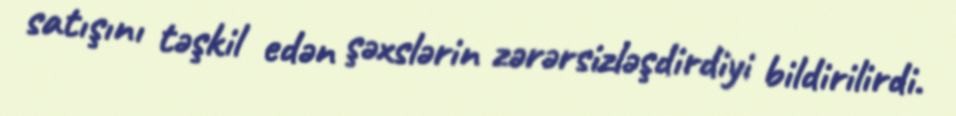
satışını təşkil edən şəxslərin zərərsizləşdirdiyi bildirilirdi.